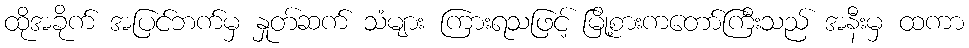
ထိုအခိုက် အပြင်ဘက်မှ နှုတ်ဆက် သံများ ကြားရသဖြင့် မြို့စားကတော်ကြီးသည် အနီးမှ ထကာ